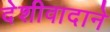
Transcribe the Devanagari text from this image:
देशीवादाने